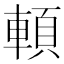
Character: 𩒷